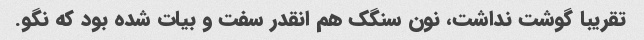
تقریبا گوشت نداشت، نون سنگک هم انقدر سفت و بیات شده بود که نگو.